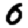
Digit: 0